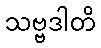
သဗ္ဗဒါတိ